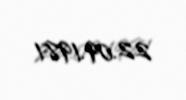
22.09.1981